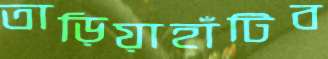
তাড়িয়াহাঁটিব